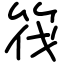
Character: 筏